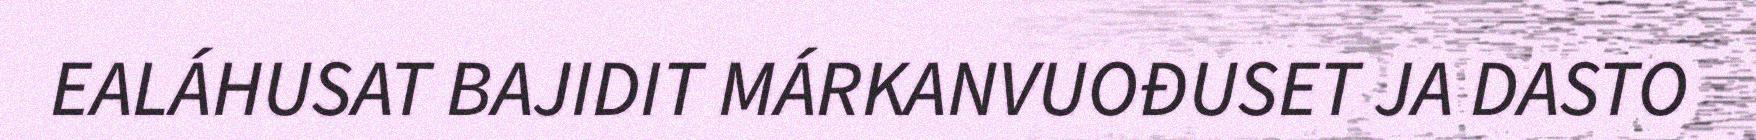
EALÁHUSAT BAJIDIT MÁRKANVUOĐUSET JA DASTO